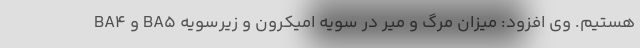
BA4 و BA5 هستیم. وی افزود: میزان مرگ و میر در سویه اُمیکرون و زیرسویه